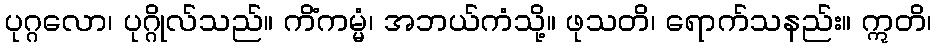
ပုဂ္ဂလော၊ ပုဂ္ဂိုလ်သည်။ ကိံကမ္မံ၊ အဘယ်ကံသို့။ ဖုသတိ၊ ရောက်သနည်း။ ဣတိ၊